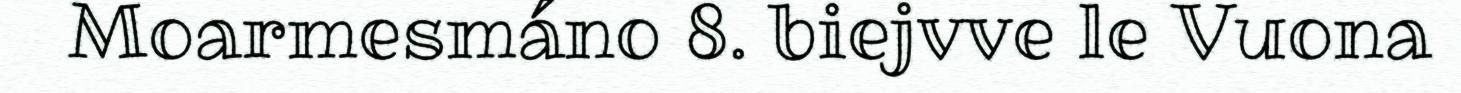
Moarmesmáno 8. biejvve le Vuona